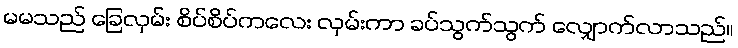
မမသည် ခြေလှမ်း စိပ်စိပ်ကလေး လှမ်းကာ ခပ်သွက်သွက် လျှောက်လာသည်။